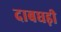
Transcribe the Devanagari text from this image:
दाबघड़ी